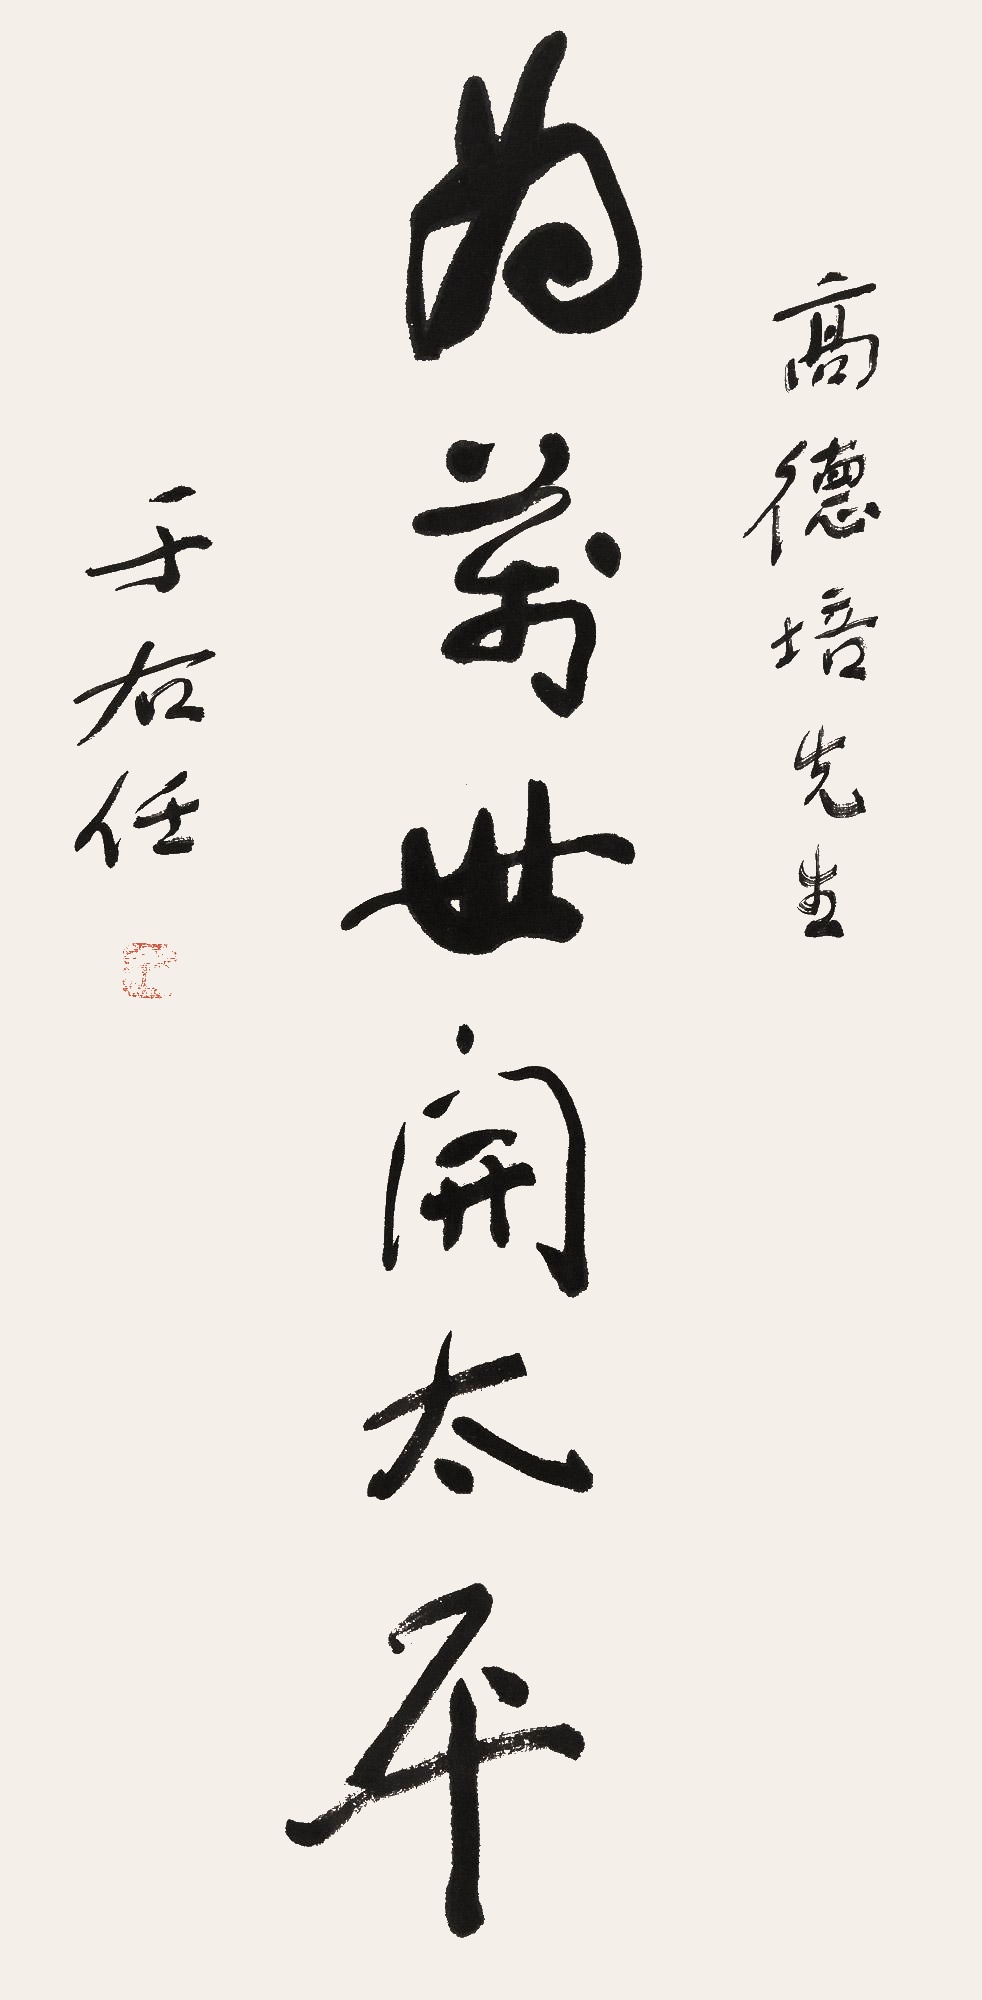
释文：为万世开太平高德培先生，于右任。